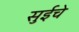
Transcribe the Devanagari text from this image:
सुईचे